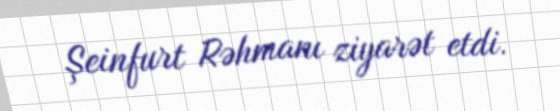
Şeinfurt Rəhmanı ziyarət etdi.